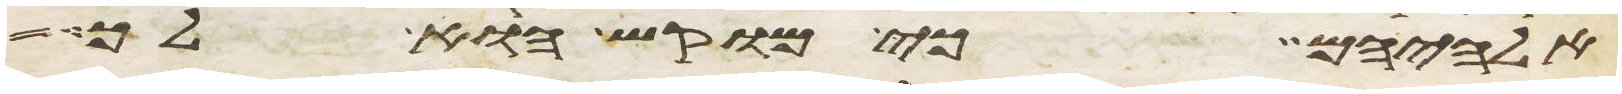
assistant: אלהיהם כי מוקש הוא לך